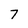
Character: 7